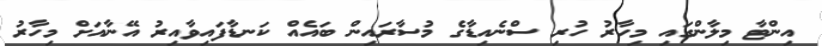
އިންޓާ މިލާންގައި މިހާރު ހުރި ސްނެއިޑާގެ މުސާރައިން ބައެއް ކަނޑާފައިވާއިރު އޭނާއަށް މިހާރު